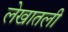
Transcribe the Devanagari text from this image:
लेखातली